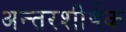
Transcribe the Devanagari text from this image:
अन्तरशीर्षक